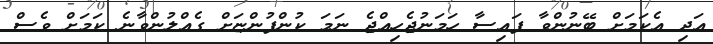
އަދި އެކަމަށް ބޭނުންވާ ފައިސާ ހަމަނުޖެހިއްޖެ ނަމަ ކުންފުންޏަށް ގެއްލުންވާނެ ކަމަށް ވެސް